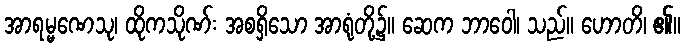
အာရမ္မဏေသု၊ ထိုကသိုဏ်း အစရှိသော အာရုံတို့၌။ ဆေက ဘာဝေါ၊ သည်။ ဟောတိ၊ ၏။